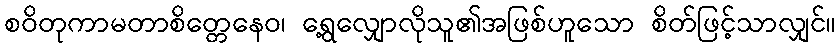
စဝိတုကာမတာစိတ္တေနေဝ၊ ရွေ့လျှောလိုသူ၏အဖြစ်ဟူသော စိတ်ဖြင့်သာလျှင်။